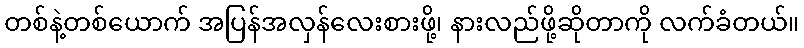
တစ်နဲ့တစ်ယောက် အပြန်အလှန်လေးစားဖို့၊ နားလည်ဖို့ဆိုတာကို လက်ခံတယ်။